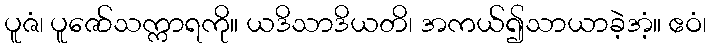
ပူဇံ၊ ပူဇော်သက္ကာရကို။ ယဒိသာဒိယတိ၊ အကယ်၍သာယာခဲ့အံ့။ ဧဝံ၊